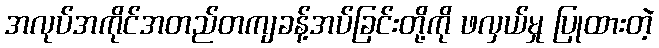
အလုပ်အကိုင်အတည်တကျခန့်အပ်ခြင်းတို့ကို ဖလှယ်မှု ပြုထားတဲ့